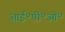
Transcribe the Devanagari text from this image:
आई॰पी॰ओ॰